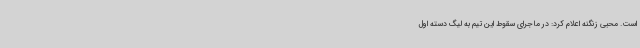
است. محبی زنگنه اعلام کرد: در ماجرای سقوط این تیم به لیگ دسته اول